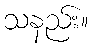
သနည်း။